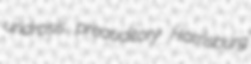
uridrosis preauditory Harrisburg